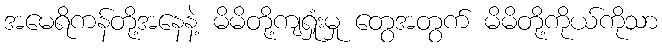
အမေရိကန်တို့အနေနဲ့ မိမိတို့ကျရှုံးမှု တွေအတွက် မိမိတို့ကိုယ်ကိုသာ